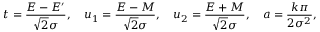
t = { \frac { E - E ^ { \prime } } { { \sqrt { 2 } } \sigma } } , \quad u _ { 1 } = { \frac { E - M } { { \sqrt { 2 } } \sigma } } , \quad u _ { 2 } = { \frac { E + M } { { \sqrt { 2 } } \sigma } } , \quad a = { \frac { k \pi } { 2 \sigma ^ { 2 } } } ,